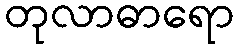
တုလာဓာရော